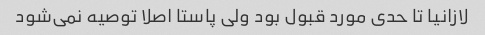
لازانیا تا حدی مورد قبول بود ولی پاستا اصلا توصیه نمی‌شود